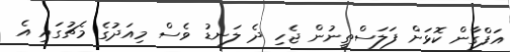
އަފްގާން ކޮޅަށް ފަލަސްތީނުން ޖެހި ދެ ލަނޑު ވެސް މިއަދުގެ މެޗުގައި އެ